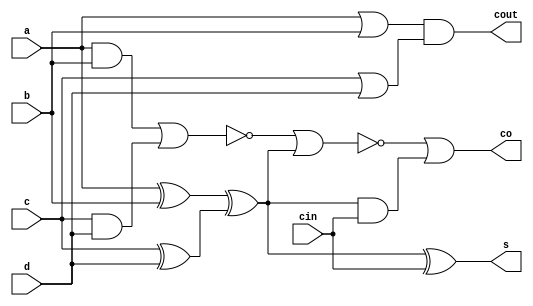
module compressor_4to2 (
    a,
    b,
    c,
    d,
    cin,
    s,
    co,
    cout
);
    // &Ports;
    input         a;
    input         b;
    input         c;
    input         d;
    input         cin;
    output        s;
    output        co;
    output        cout;

    // &Regs;

    // &Wires;
    wire        a;
    wire        b;
    wire        c;
    wire        d;
    wire        cin;
    wire        s;
    wire        co;
    wire        cout;
    wire        tmp1;
    wire        tmp2;

    assign tmp1 = (a & b) | (c & d);
    assign tmp2 = (a ^ b) ^ (c ^ d);

    assign cout = (a | b) & (c | d);
    assign co   = ~(~tmp1 | tmp2) | (tmp2 & cin);
    assign s    = tmp2 ^ cin;
endmodule